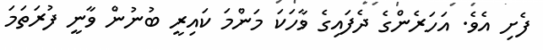
ފެށި އެވެ. އަހަރެންގެ ދެފައިގެ ވާހަކަ މަންމަ ކައިރީ ބުނުން ވާނީ ފުރަތަމަ